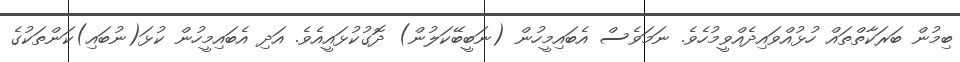
ބިމުން ބަރަކާތްތައް ހުޅުއްވައިދެއްވީމުހެވެ. ނަމަވެސް އެބައިމީހުން (ނަބީބޭކަލުން) ދޮގުކުޅައީއެވެ. އަދި އެބައިމީހުން ކުޅަ(ނުބައި)ކަންތަކުގެ